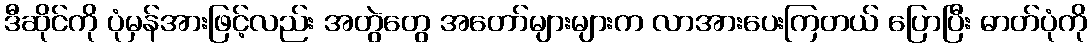
ဒီဆိုင်ကို ပုံမှန်အားဖြင့်လည်း အတွဲတွေ အတော်များများက လာအားပေးကြတယ် ပြောပြီး ဓာတ်ပုံကို